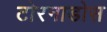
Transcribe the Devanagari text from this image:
टोरनाडोस